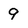
Character: 9